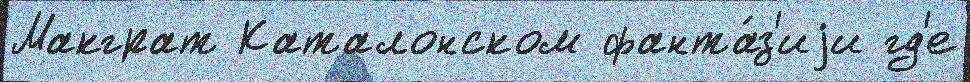
Макграт Каталонском фанта́з'иjи гд'е